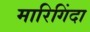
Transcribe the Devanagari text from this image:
मारिगिंदा